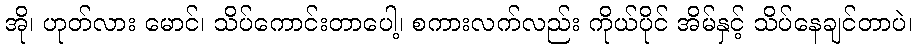
အို၊ ဟုတ်လား မောင်၊ သိပ်ကောင်းတာပေါ့၊ စကားလက်လည်း ကိုယ်ပိုင် အိမ်နှင့် သိပ်နေချင်တာပဲ၊